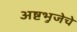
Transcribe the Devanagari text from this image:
अष्टभुजेचे